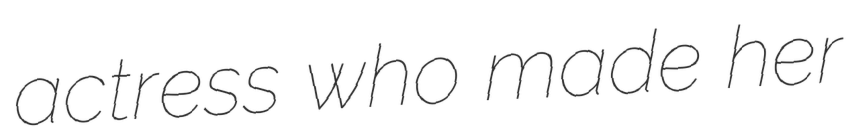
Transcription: actress who made her